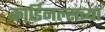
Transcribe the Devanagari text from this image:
कार्डिनल्सच्या